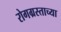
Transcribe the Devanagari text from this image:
रोगग्रस्ताच्या